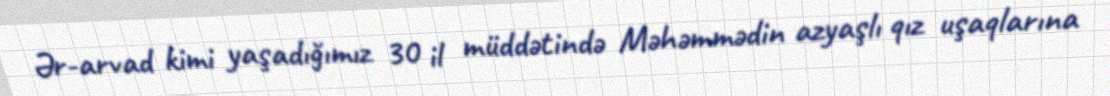
Ər-arvad kimi yaşadığımız 30 il müddətində Məhəmmədin azyaşlı qız uşaqlarına